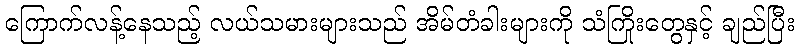
ကြောက်လန့်နေသည့် လယ်သမားများသည် အိမ်တံခါးများကို သံကြိုးတွေနှင့် ချည်ပြီး